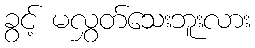
ခွင့် မလွှတ်သေးဘူးလား